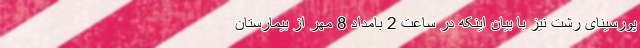
پورسینای رشت نیز با بیان اینکه در ساعت 2 بامداد 8 مهر از بیمارستان